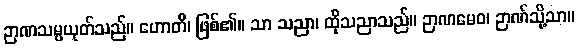
ဉာဏသမ္ပယုတ်သည်။ ဟောတိ၊ ဖြစ်၏။ သာ သညာ၊ ထိုသညာသည်။ ဉာဏမေဝ၊ ဉာဏ်သို့သာ။